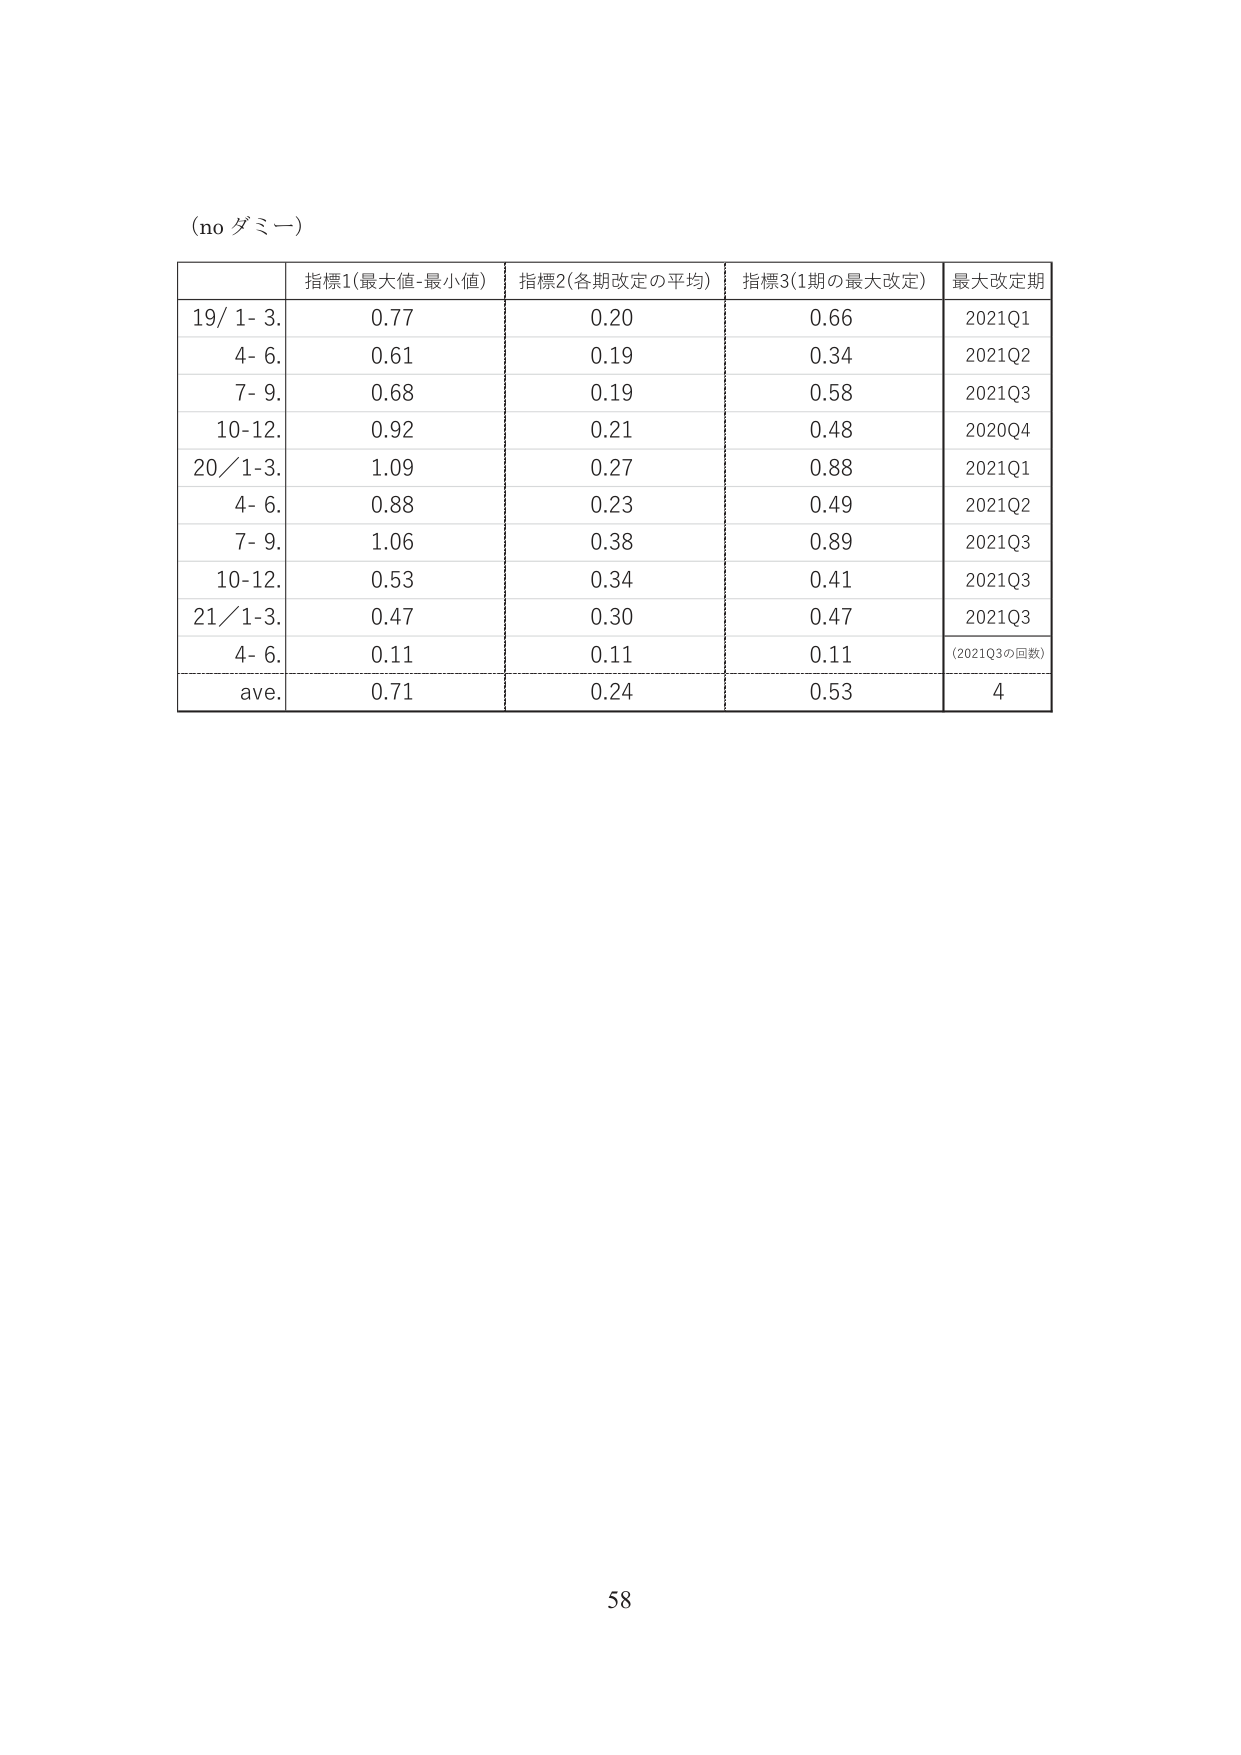
(no ダミー)

指標1(最大値-最小値) 指標2(各期改定の平均) 指標3(1期の最大改定) 最大改定期
19/ 1- 3. 0.77 0.20 0.66 2021Q1
4- 6. 0.61 0.19 0.34 2021Q2
7- 9. 0.68 0.19 0.58 2021Q3
10-12. 0.92 0.21 0.48 2020Q4
20/ 1-3. 1.09 0.27 0.88 2021Q1
4- 6. 0.88 0.23 0.49 2021Q2
7- 9. 1.06 0.38 0.89 2021Q3
10-12. 0.53 0.34 0.41 2021Q3
21/ 1-3. 0.47 0.30 0.47 2021Q3
4- 6. 0.11 0.11 0.11 (2021Q3の回数)
ave. 0.71 0.24 0.53 4

58